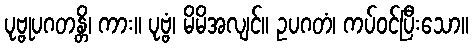
ပုဗ္ဗုပဂတန္တိ၊ ကား။ ပုဗ္ဗံ၊ မိမိအလျင်။ ဥပဂတံ၊ ကပ်ဝင်ပြီးသော။